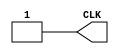
`timescale 1ns/1ns

module Clock_En(CLK);

output CLK;
reg CLK;

initial begin
	CLK = 1'b1;
end

always begin
	#50 CLK = 1'b0;
	#350 CLK = 1'b1;
end

endmodule